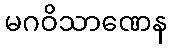
မဂဝိသာဏေန